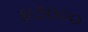
૪૭૦૦૦